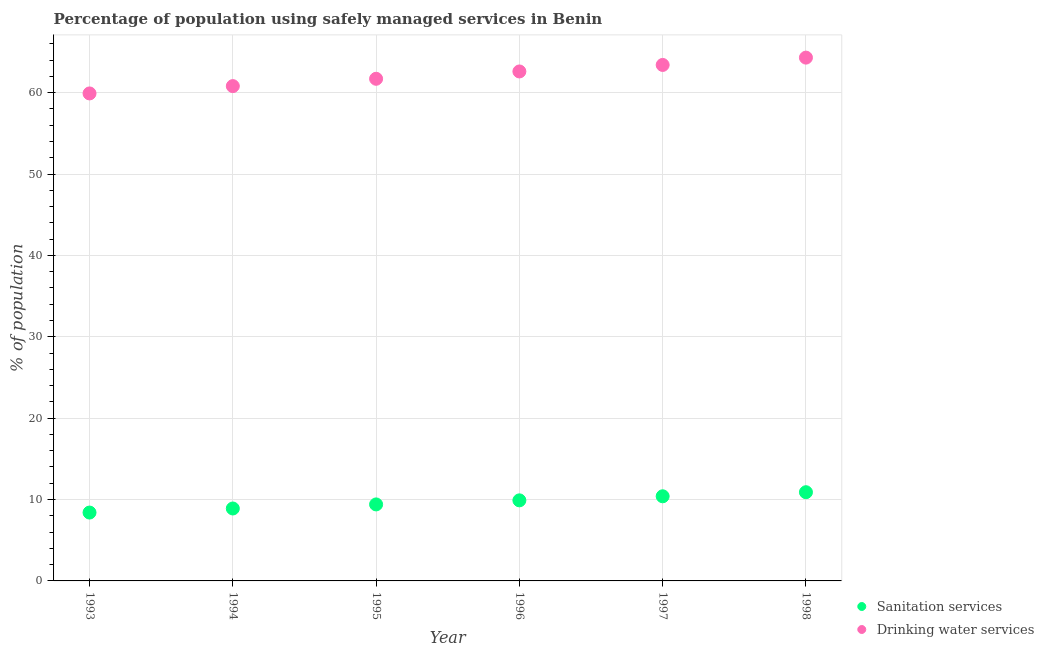
| Year | Sanitation services | Drinking water services |
 | --- | --- | --- |
 | 1993 | 8.4 | 59.9 |
 | 1994 | 8.9 | 60.8 |
 | 1995 | 9.4 | 61.7 |
 | 1996 | 9.9 | 62.6 |
 | 1997 | 10.4 | 63.4 |
 | 1998 | 10.9 | 64.3 |